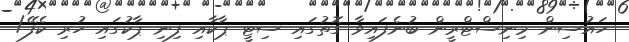
ހައުސިން މިނިސްޓްރީން ބުނެފައިވާ ގޮތުގައި ސިޓީ ޕާކާއި ފިނި ޕާކުގައި ހުރި ކެފޭ/